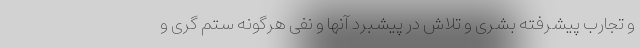
و تجارب پیشرفته بشری و تلاش در پیشبرد آنها و نفی هرگونه ستم گری و